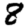
Digit: 8